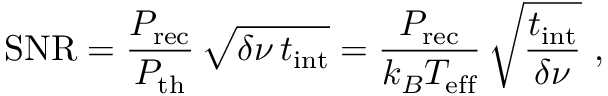
\mathrm { S N R } = \frac { P _ { \mathrm { r e c } } } { P _ { \mathrm { t h } } } \, \sqrt { \delta \nu \, t _ { \mathrm { i n t } } } = \frac { P _ { \mathrm { r e c } } } { k _ { B } T _ { \mathrm { e f f } } } \, \sqrt { \frac { t _ { \mathrm { i n t } } } { \delta \nu } } ~ ,